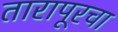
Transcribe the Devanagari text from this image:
तारापूरचा